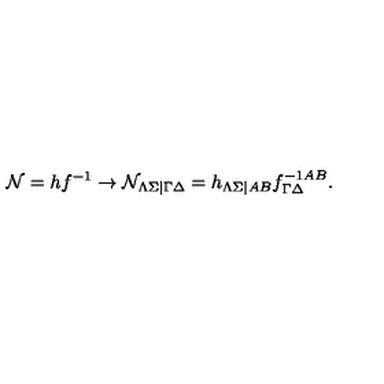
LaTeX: { \cal N } = h f ^ { - 1 } \rightarrow { \cal N } _ { \Lambda \Sigma | \Gamma \Delta } = h _ { \Lambda \Sigma | A B } f _ { \Gamma \Delta } ^ { - 1 A B } .